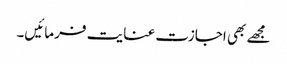
مجھے بھی اجازت عنایت فرمائیں۔